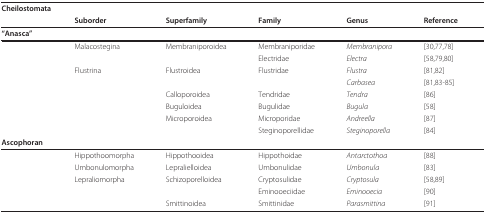
<table><thead><tr><td colspan="2"><b>Cheilostomata</b></td><td></td><td></td><td></td><td></td></tr><tr><td></td><td><b>Suborder</b></td><td><b>Superfamily</b></td><td><b>Family</b></td><td><b>Genus</b></td><td><b>Reference</b></td></tr></thead><tbody><tr><td><b>&quot;Anasca&quot;</b></td><td></td><td></td><td></td><td></td><td></td></tr><tr><td></td><td>Malacostegina</td><td>Membraniporoidea</td><td>Membraniporidae</td><td><i>Membranipora</i></td><td>[30,77,78]</td></tr><tr><td></td><td></td><td></td><td>Electridae</td><td><i>Electra</i></td><td>[58,79,80]</td></tr><tr><td></td><td>Flustrina</td><td>Flustroidea</td><td>Flustridae</td><td><i>Flustra</i></td><td>[81,82]</td></tr><tr><td></td><td></td><td></td><td></td><td><i>Carbasea</i></td><td>[81,83-85]</td></tr><tr><td></td><td></td><td>Calloporoidea</td><td>Tendridae</td><td><i>Tendra</i></td><td>[86]</td></tr><tr><td></td><td></td><td>Buguloidea</td><td>Bugulidae</td><td><i>Bugula</i></td><td>[58]</td></tr><tr><td></td><td></td><td>Microporoidea</td><td>Microporidae</td><td><i>Andreella</i></td><td>[87]</td></tr><tr><td></td><td></td><td></td><td>Steginoporellidae</td><td><i>Steginoporella</i></td><td>[84]</td></tr><tr><td><b>Ascophoran</b></td><td></td><td></td><td></td><td></td><td></td></tr><tr><td></td><td>Hippothoomorpha</td><td>Hippothooidea</td><td>Hippothoidae</td><td><i>Antarctothoa</i></td><td>[88]</td></tr><tr><td></td><td>Umbonulomorpha</td><td>Lepralielloidea</td><td>Umbonulidae</td><td><i>Umbonula</i></td><td>[83]</td></tr><tr><td></td><td>Lepraliomorpha</td><td>Schizoporelloidea</td><td>Cryptosulidae</td><td><i>Cryptosula</i></td><td>[58,89]</td></tr><tr><td></td><td></td><td></td><td>Eminooeciidae</td><td><i>Eminooecia</i></td><td>[90]</td></tr><tr><td></td><td></td><td>Smittinoidea</td><td>Smittinidae</td><td><i>Parasmittina</i></td><td>[91]</td></tr></tbody></table>